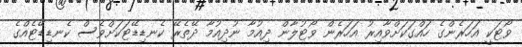
ވޯޓަކީ އަހަރެންގެ ހައްގަކަށްވާއިރު އަހަރެން ވޯޓުލާން ދިއުމާ ނުދިއުމާ ދޭތެރޭ ކެނޑިޑޭޓަކަށްވެސް ކެނޑިޑޭޓެއްގެ